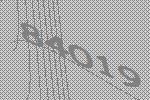
84019